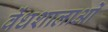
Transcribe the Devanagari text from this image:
वेंधशालाओं